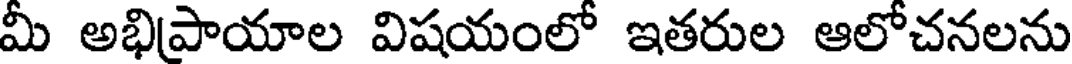
మీ అభిపాయాల విషయంలో ఇతరుల ఆలోచనలను